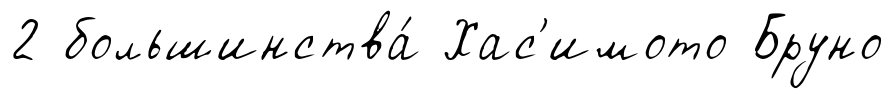
2 большинства́ Хас'имото Бруно